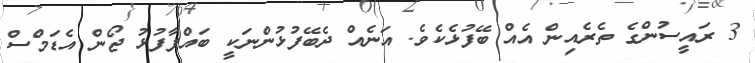
3 ރައީސުންގެ ތެރެއިން އެއް ބޭފުޅެކެވެ. އަނެއް ދެބޭފުޅުންނަކީ ބައްޕާފުޅު ޖޯން އެޑަމްސް